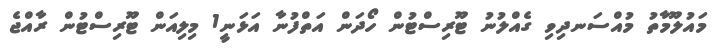
މައުލޫމާތު މުއްސަނދިވި ގެއްލުނު ޓޫރިސްޓުން ހޯދަން އަތްފުނާ އަޅަނީ1 މިލިއަން ޓޫރިސްޓުން ރާއްޖެ